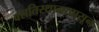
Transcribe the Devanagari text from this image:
वसतिस्थानापासून